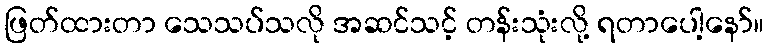
ဖြတ်ထားတာ သေသပ်သလို အဆင်သင့် တန်းသုံးလို့ ရတာပေါ့နော်။